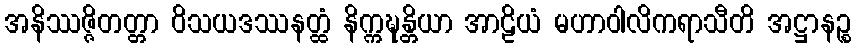
အနိဿဇ္ဇိတတ္တာ ဝိသယဒဿနတ္ထံ နိက္ကဍ္ဎန္တိယာ အာဠိယံ မဟာဝါလိကရာသီတိ အဋ္ဌာနဉ္စ